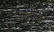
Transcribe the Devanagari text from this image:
जदुमणि